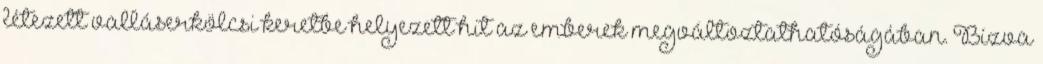
létezett valláserkölcsi keretbe helyezett hit az emberek megváltoztathatóságában. Bízva